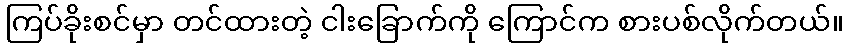
ကြပ်ခိုးစင်မှာ တင်ထားတဲ့ ငါးခြောက်ကို ကြောင်က စားပစ်လိုက်တယ်။